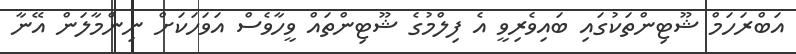
އަބްރަހަމް ޝޫޓިންތަކުގައި ބައިވެރިވީ އެ ފިލްމުގެ ޝޫޓިންތައް ވީހާވެސް އަވަހަކަށް ނިންމާލަން އޭނާ